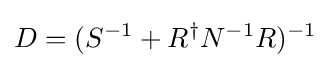
D=(S^{-1}+R^{\dagger }N^{-1}R)^{-1}